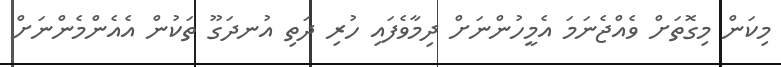
މިކަން މިގޮތަށް ވެއްޖެނަމަ އެމީހުންނަށް ދިމާވެފައި ހުރި ދަތި އުނދަގޫ ތަކުން އެއެންމެންނަށް